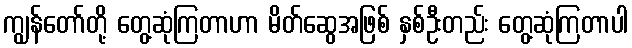
ကျွန်တော်တို့ တွေ့ဆုံကြတာဟာ မိတ်ဆွေအဖြစ် နှစ်ဦးတည်း တွေ့ဆုံကြတာပါ